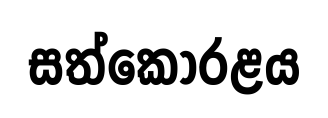
සත්කොරළය